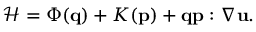
\mathcal { H } = \Phi ( \mathbf { { q } } ) + K ( \mathbf { { p } } ) + \mathbf { { q } } \mathbf { { p } } : \nabla \mathbf { { u } } .